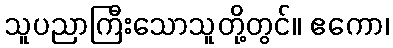
သူပညာကြီးသောသူတို့တွင်။ ဧကော၊